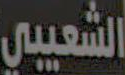
الشعيبي